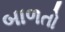
બાળતો